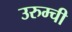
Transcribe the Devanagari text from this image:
उरुम्ची